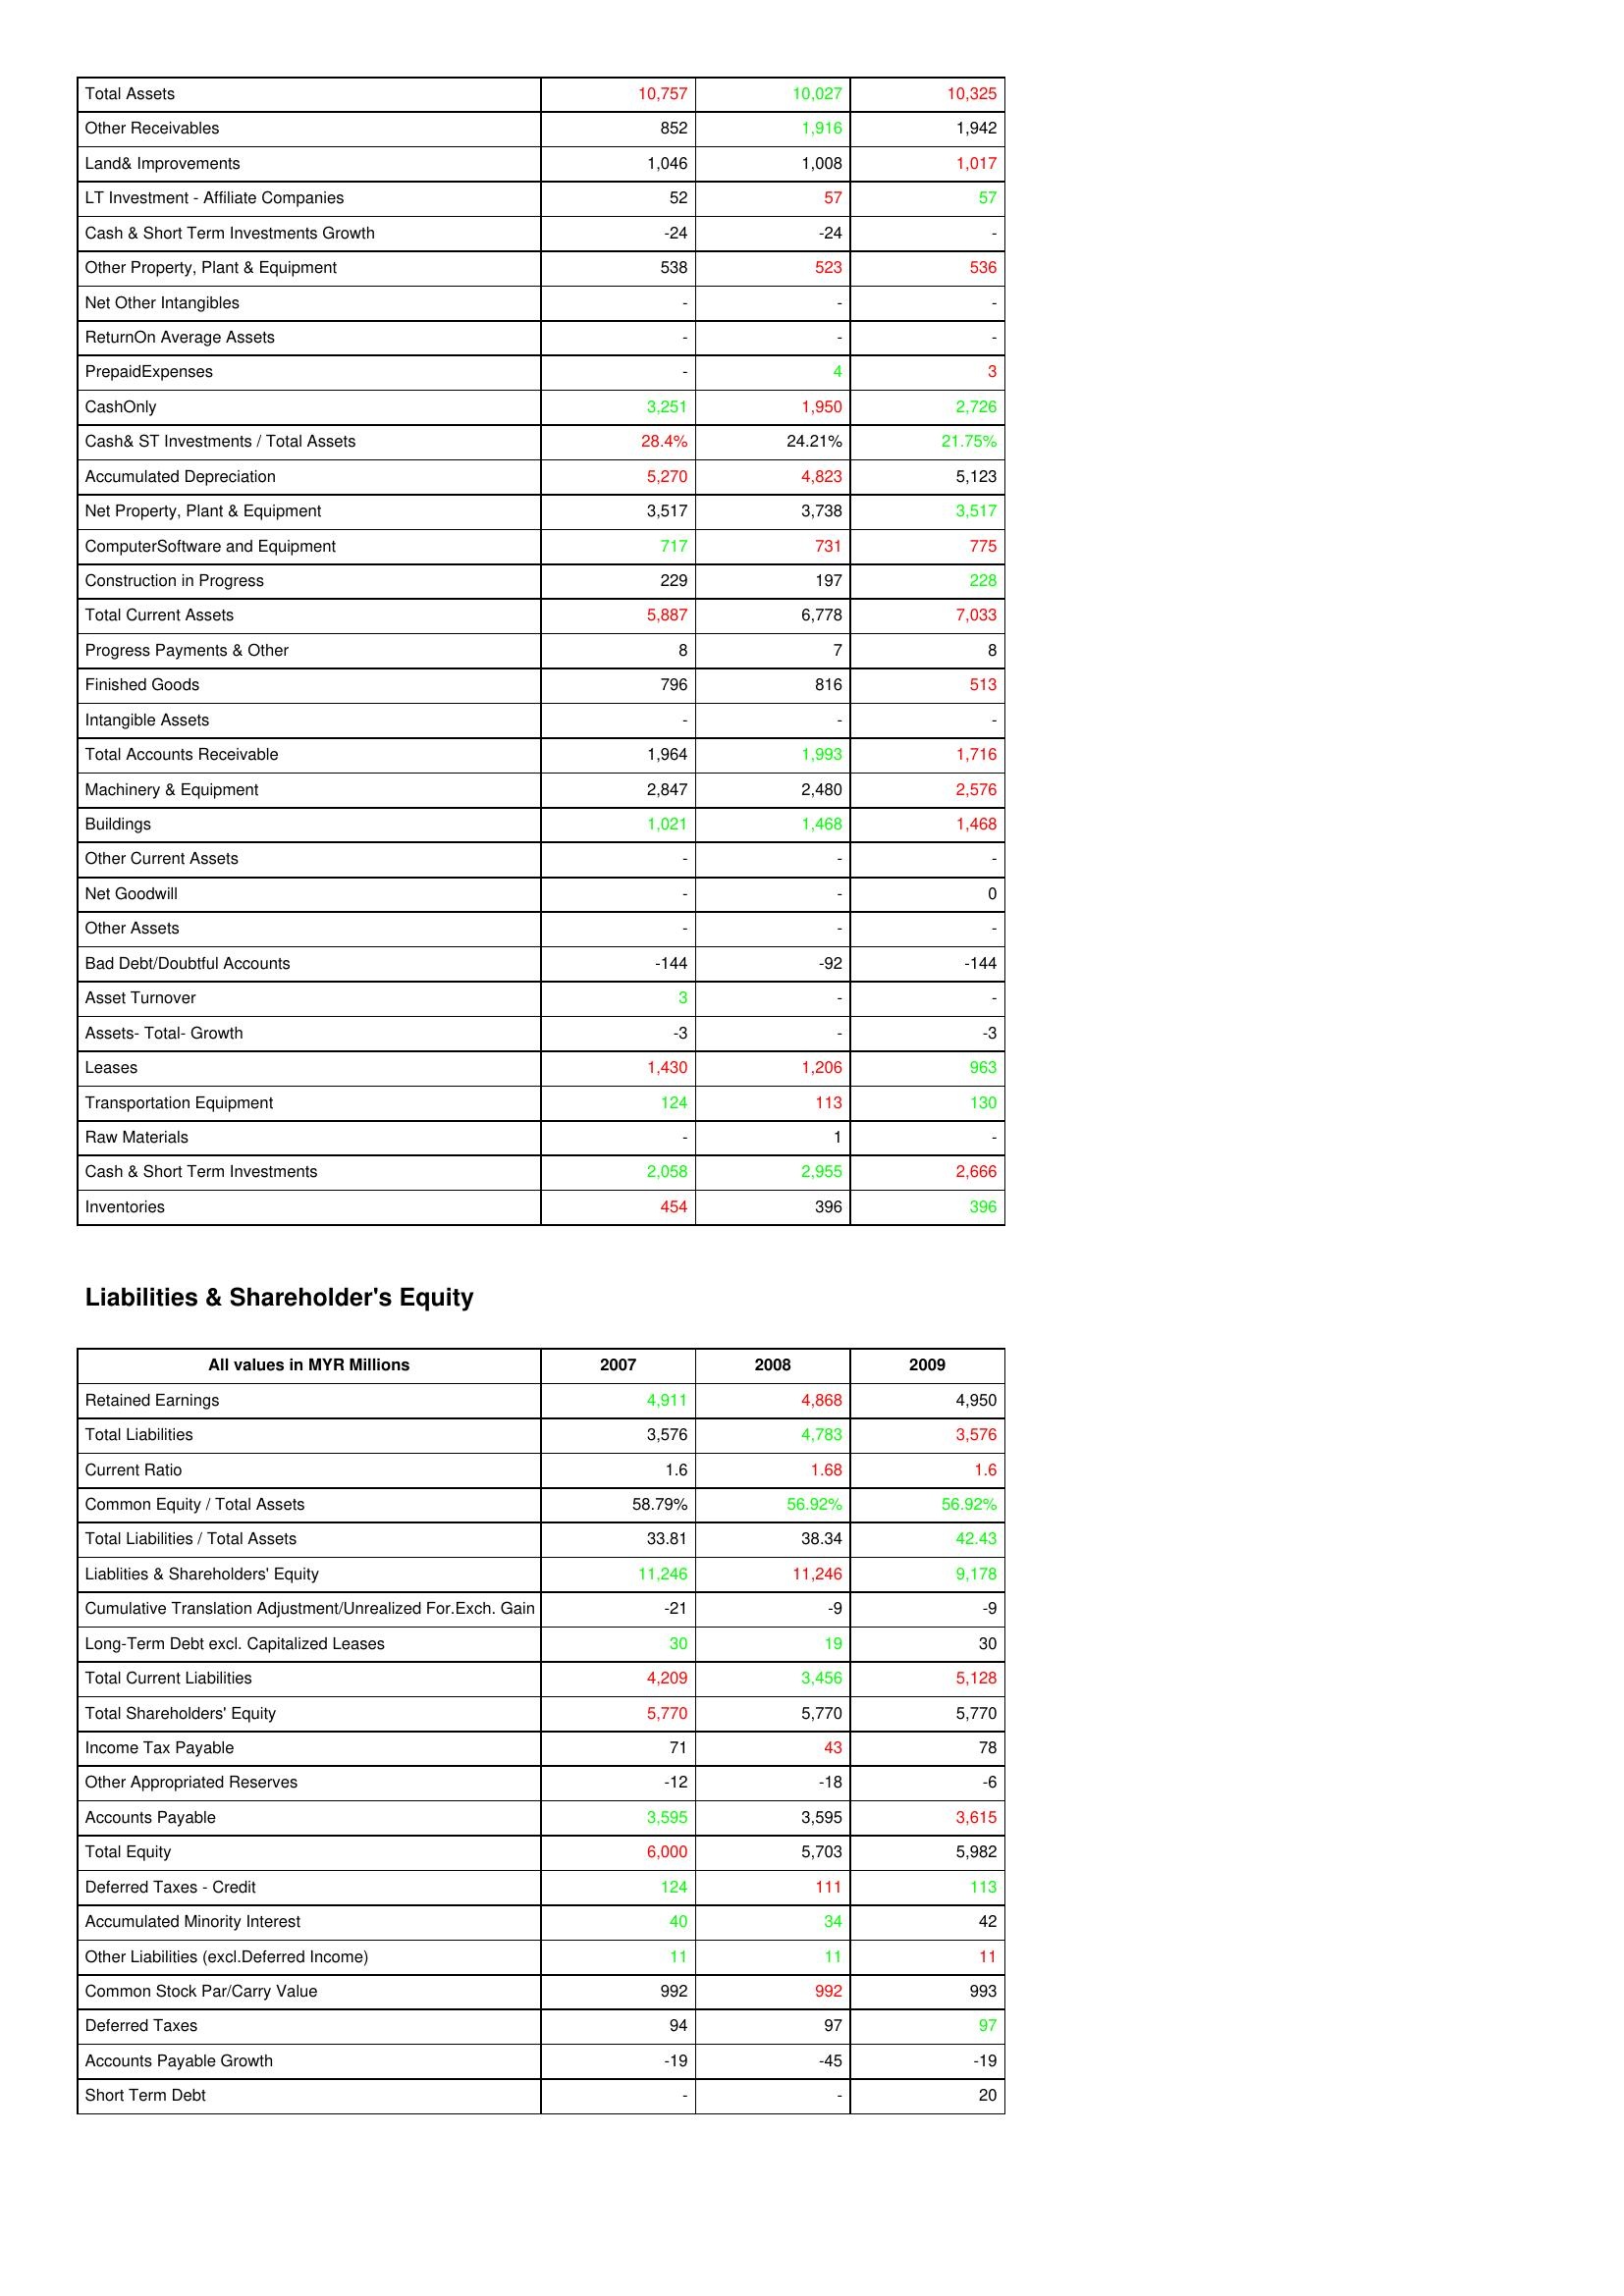
gt_parse: 2007: Assets: Total Assets: 10,757
Other Receivables: 852
Land& Improvements: 1,046
LT Investment - Affiliate Companies: 52
Cash & Short Term Investments Growth: -24
Other Property, Plant & Equipment: 538
Net Other Intangibles: -
ReturnOn Average Assets: -
PrepaidExpenses: -
CashOnly: 3,251
Cash& ST Investments / Total Assets: 28.4%
Accumulated Depreciation: 5,270
Net Property, Plant & Equipment: 3,517
ComputerSoftware and Equipment: 717
Construction in Progress: 229
Total Current Assets: 5,887
Progress Payments & Other: 8
Finished Goods: 796
Intangible Assets: -
Total Accounts Receivable: 1,964
Machinery & Equipment: 2,847
Buildings: 1,021
Other Current Assets: -
Net Goodwill: -
Other Assets: -
Bad Debt/Doubtful Accounts: -144
Asset Turnover: 3
Assets- Total- Growth: -3
Leases: 1,430
Transportation Equipment: 124
Raw Materials: -
Cash & Short Term Investments: 2,058
Inventories: 454
Liabilities & Shareholder's Equity: Retained Earnings: 4,911
Total Liabilities: 3,576
Current Ratio: 1.6
Common Equity / Total Assets: 58.79%
Total Liabilities / Total Assets: 33.81
Liablities & Shareholders' Equity: 11,246
Cumulative Translation Adjustment/Unrealized For.Exch. Gain: -21
Long-Term Debt excl. Capitalized Leases: 30
Total Current Liabilities: 4,209
Total Shareholders' Equity: 5,770
Income Tax Payable: 71
Other Appropriated Reserves: -12
Accounts Payable: 3,595
Total Equity: 6,000
Deferred Taxes - Credit: 124
Accumulated Minority Interest: 40
Other Liabilities (excl.Deferred Income): 11
Common Stock Par/Carry Value: 992
Deferred Taxes: 94
Accounts Payable Growth: -19
Short Term Debt: -
2008: Assets: Total Assets: 10,027
Other Receivables: 1,916
Land& Improvements: 1,008
LT Investment - Affiliate Companies: 57
Cash & Short Term Investments Growth: -24
Other Property, Plant & Equipment: 523
Net Other Intangibles: -
ReturnOn Average Assets: -
PrepaidExpenses: 4
CashOnly: 1,950
Cash& ST Investments / Total Assets: 24.21%
Accumulated Depreciation: 4,823
Net Property, Plant & Equipment: 3,738
ComputerSoftware and Equipment: 731
Construction in Progress: 197
Total Current Assets: 6,778
Progress Payments & Other: 7
Finished Goods: 816
Intangible Assets: -
Total Accounts Receivable: 1,993
Machinery & Equipment: 2,480
Buildings: 1,468
Other Current Assets: -
Net Goodwill: -
Other Assets: -
Bad Debt/Doubtful Accounts: -92
Asset Turnover: -
Assets- Total- Growth: -
Leases: 1,206
Transportation Equipment: 113
Raw Materials: 1
Cash & Short Term Investments: 2,955
Inventories: 396
Liabilities & Shareholder's Equity: Retained Earnings: 4,868
Total Liabilities: 4,783
Current Ratio: 1.68
Common Equity / Total Assets: 56.92%
Total Liabilities / Total Assets: 38.34
Liablities & Shareholders' Equity: 11,246
Cumulative Translation Adjustment/Unrealized For.Exch. Gain: -9
Long-Term Debt excl. Capitalized Leases: 19
Total Current Liabilities: 3,456
Total Shareholders' Equity: 5,770
Income Tax Payable: 43
Other Appropriated Reserves: -18
Accounts Payable: 3,595
Total Equity: 5,703
Deferred Taxes - Credit: 111
Accumulated Minority Interest: 34
Other Liabilities (excl.Deferred Income): 11
Common Stock Par/Carry Value: 992
Deferred Taxes: 97
Accounts Payable Growth: -45
Short Term Debt: -
2009: Assets: Total Assets: 10,325
Other Receivables: 1,942
Land& Improvements: 1,017
LT Investment - Affiliate Companies: 57
Cash & Short Term Investments Growth: -
Other Property, Plant & Equipment: 536
Net Other Intangibles: -
ReturnOn Average Assets: -
PrepaidExpenses: 3
CashOnly: 2,726
Cash& ST Investments / Total Assets: 21.75%
Accumulated Depreciation: 5,123
Net Property, Plant & Equipment: 3,517
ComputerSoftware and Equipment: 775
Construction in Progress: 228
Total Current Assets: 7,033
Progress Payments & Other: 8
Finished Goods: 513
Intangible Assets: -
Total Accounts Receivable: 1,716
Machinery & Equipment: 2,576
Buildings: 1,468
Other Current Assets: -
Net Goodwill: 0
Other Assets: -
Bad Debt/Doubtful Accounts: -144
Asset Turnover: -
Assets- Total- Growth: -3
Leases: 963
Transportation Equipment: 130
Raw Materials: -
Cash & Short Term Investments: 2,666
Inventories: 396
Liabilities & Shareholder's Equity: Retained Earnings: 4,950
Total Liabilities: 3,576
Current Ratio: 1.6
Common Equity / Total Assets: 56.92%
Total Liabilities / Total Assets: 42.43
Liablities & Shareholders' Equity: 9,178
Cumulative Translation Adjustment/Unrealized For.Exch. Gain: -9
Long-Term Debt excl. Capitalized Leases: 30
Total Current Liabilities: 5,128
Total Shareholders' Equity: 5,770
Income Tax Payable: 78
Other Appropriated Reserves: -6
Accounts Payable: 3,615
Total Equity: 5,982
Deferred Taxes - Credit: 113
Accumulated Minority Interest: 42
Other Liabilities (excl.Deferred Income): 11
Common Stock Par/Carry Value: 993
Deferred Taxes: 97
Accounts Payable Growth: -19
Short Term Debt: 20